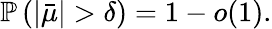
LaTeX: \mathbb{P}\left(|\bar{\mu}|>\delta\right)=1-o(1).